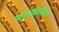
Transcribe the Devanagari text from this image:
कारकीर्दित